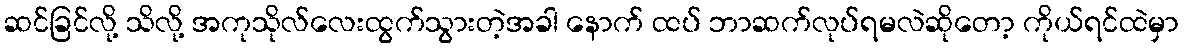
ဆင်ခြင်လို့ သိလို့ အကုသိုလ်လေးထွက်သွားတဲ့အခါ နောက် ထပ် ဘာဆက်လုပ်ရမလဲဆိုတော့ ကိုယ်ရင်ထဲမှာ